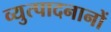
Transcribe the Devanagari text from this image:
व्युत्पादनानों